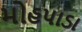
મોહપાડા